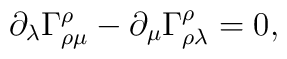
\partial_\lambda \Gamma^\rho_{\rho\mu} -\partial_\mu \Gamma^\rho_{\rho\lambda} = 0,